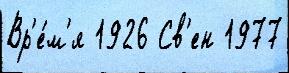
Вр'е́м'я 1926 Св'ен 1977